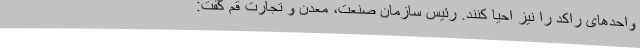
واحدهای راکد را نیز احیا کنند. رئیس سازمان صنعت، معدن و تجارت قم گفت: